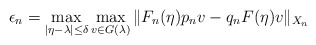
\begin{align*}\epsilon_n = \max_{|\eta-\lambda| \le \delta}\max_{v \in G(\lambda)} \| F_n(\eta)p_n v - q_n F(\eta) v\|_{X_n}\end{align*}